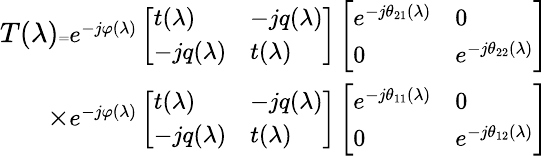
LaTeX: \begin{array}{r}{T(\lambda)\tiny{=}\small{e^{-j\varphi(\lambda)}}\left[\begin{array}{ll}{t(\lambda)}&{-jq(\lambda)}\\ {-jq(\lambda)}&{t(\lambda)}\end{array}\right]\left[\begin{array}{ll}{e^{-j\theta_{21}(\lambda)}}&{0}\\ {0}&{e^{-j\theta_{22}(\lambda)}}\end{array}\right]}\\ {\times\small{e^{-j\varphi(\lambda)}}\left[\begin{array}{ll}{t(\lambda)}&{-jq(\lambda)}\\ {-jq(\lambda)}&{t(\lambda)}\end{array}\right]\left[\begin{array}{ll}{e^{-j\theta_{11}(\lambda)}}&{0}\\ {0}&{e^{-j\theta_{12}(\lambda)}}\end{array}\right]}\end{array}